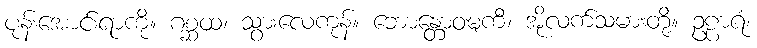
ပုန်းအောင်းရာကို။ ဂစ္ဆထ၊ သွားလေကုန်။ ဘောန္တောဝဍ္ဎကီ၊ အိုလက်သမားတို့။ ဥဠာရံ၊